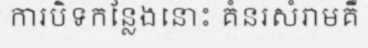
ការបិទកន្លែងនោះ គំនរសំរាមគឺ